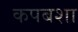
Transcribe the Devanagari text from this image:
कपबशा